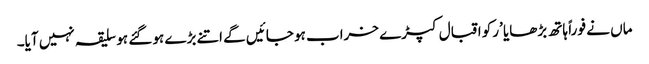
ماں نے فو راً ہاتھ بڑھایا ’رکو اقبال کپڑے خراب ہو جائیں گے اتنے بڑے ہو گئے ہو سلیقہ نہیں آیا۔